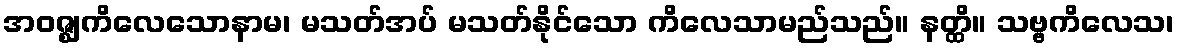
အဝဇ္ဈကိလေသောနာမ၊ မသတ်အပ် မသတ်နိုင်သော ကိလေသာမည်သည်။ နတ္ထိ။ သဗ္ဗကိလေသ၊